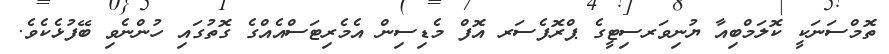
ތޮމްސަނަކީ ކޮލަމްބިއާ ޔުނިވަރސިޓީގެ ޕްރޮފެސަރ އޮފް މެޑިސިން އެމެރިޓަސްއެއްގެ ގޮތުގައި ހުންނެވި ބޭފުޅެކެވެ.